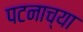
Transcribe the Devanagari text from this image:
पटनाच्या